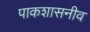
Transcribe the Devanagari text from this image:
पाकशासनीव